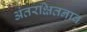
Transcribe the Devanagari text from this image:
अंतरक्षितनाव